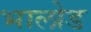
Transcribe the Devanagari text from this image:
भालोड